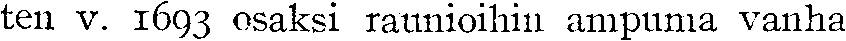
ten v. 1693 osaksi raunioihin ampuma vanha